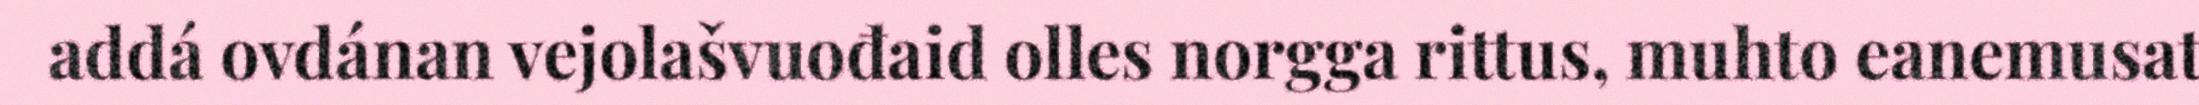
addá ovdánan vejolašvuođaid olles norgga rittus, muhto eanemusat